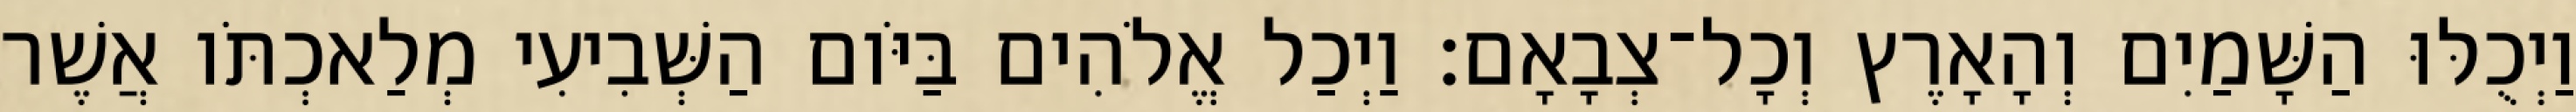
וַיְכֻלּוּ הַשָּׁמַיִם וְהָאָרֶץ וְכָל־צְבָאָם׃ וַיְכַל אֱלֹהִים בַּיֹּום הַשְּׁבִיעִי מְלַאכְתֹּו אֲשֶׁר